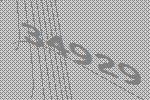
34929